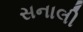
સનાલી